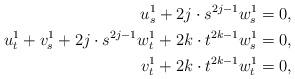
LaTeX: \begin{align*} u^{1}_{s} + 2j \cdot s^{2j-1} w^{1}_{s} = 0, \\u^{1}_{t} + v^{1}_{s} + 2j \cdot s^{2j-1} w^{1}_{t} + 2k \cdot t^{2k-1} w^{1}_{s} = 0, \\v^{1}_{t} + 2k \cdot t^{2k-1} w^{1}_{t} = 0, \\\end{align*}